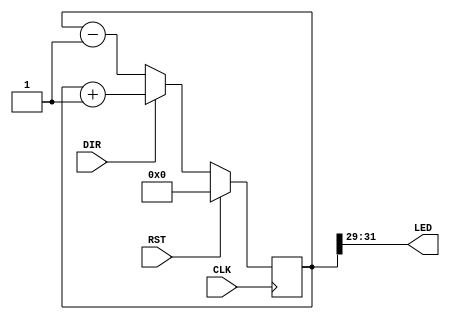



module my_counter(
    input RST, CLK, DIR,
    output [2:0] LED
    );
    
reg [31:0] cnt;
assign LED=cnt[31:29];
    
always@(posedge CLK)
begin
    
if(RST==1'b1)
    cnt<=32'd0;
    
else begin
    if(DIR==1'b1)
        cnt<=cnt+1;
    else
        cnt<=cnt-1;
    end
end
        
    
endmodule